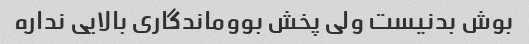
بوش بدنیست ولی پخش بووماندگاری بالایی نداره